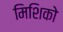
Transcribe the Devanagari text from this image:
मिशिको